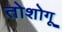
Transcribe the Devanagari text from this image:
तोशोगू